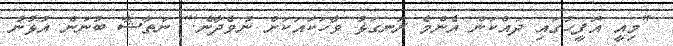
"މިއީ އޮފީހުގައި ދައްކަން އެންމެ ރަނގަޅު ވާހަކައަކަށް ނުވެދާނެ!" ނަތާޝާ ބުނަން އުޅުނު